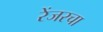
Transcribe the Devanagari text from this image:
रेंजरचा